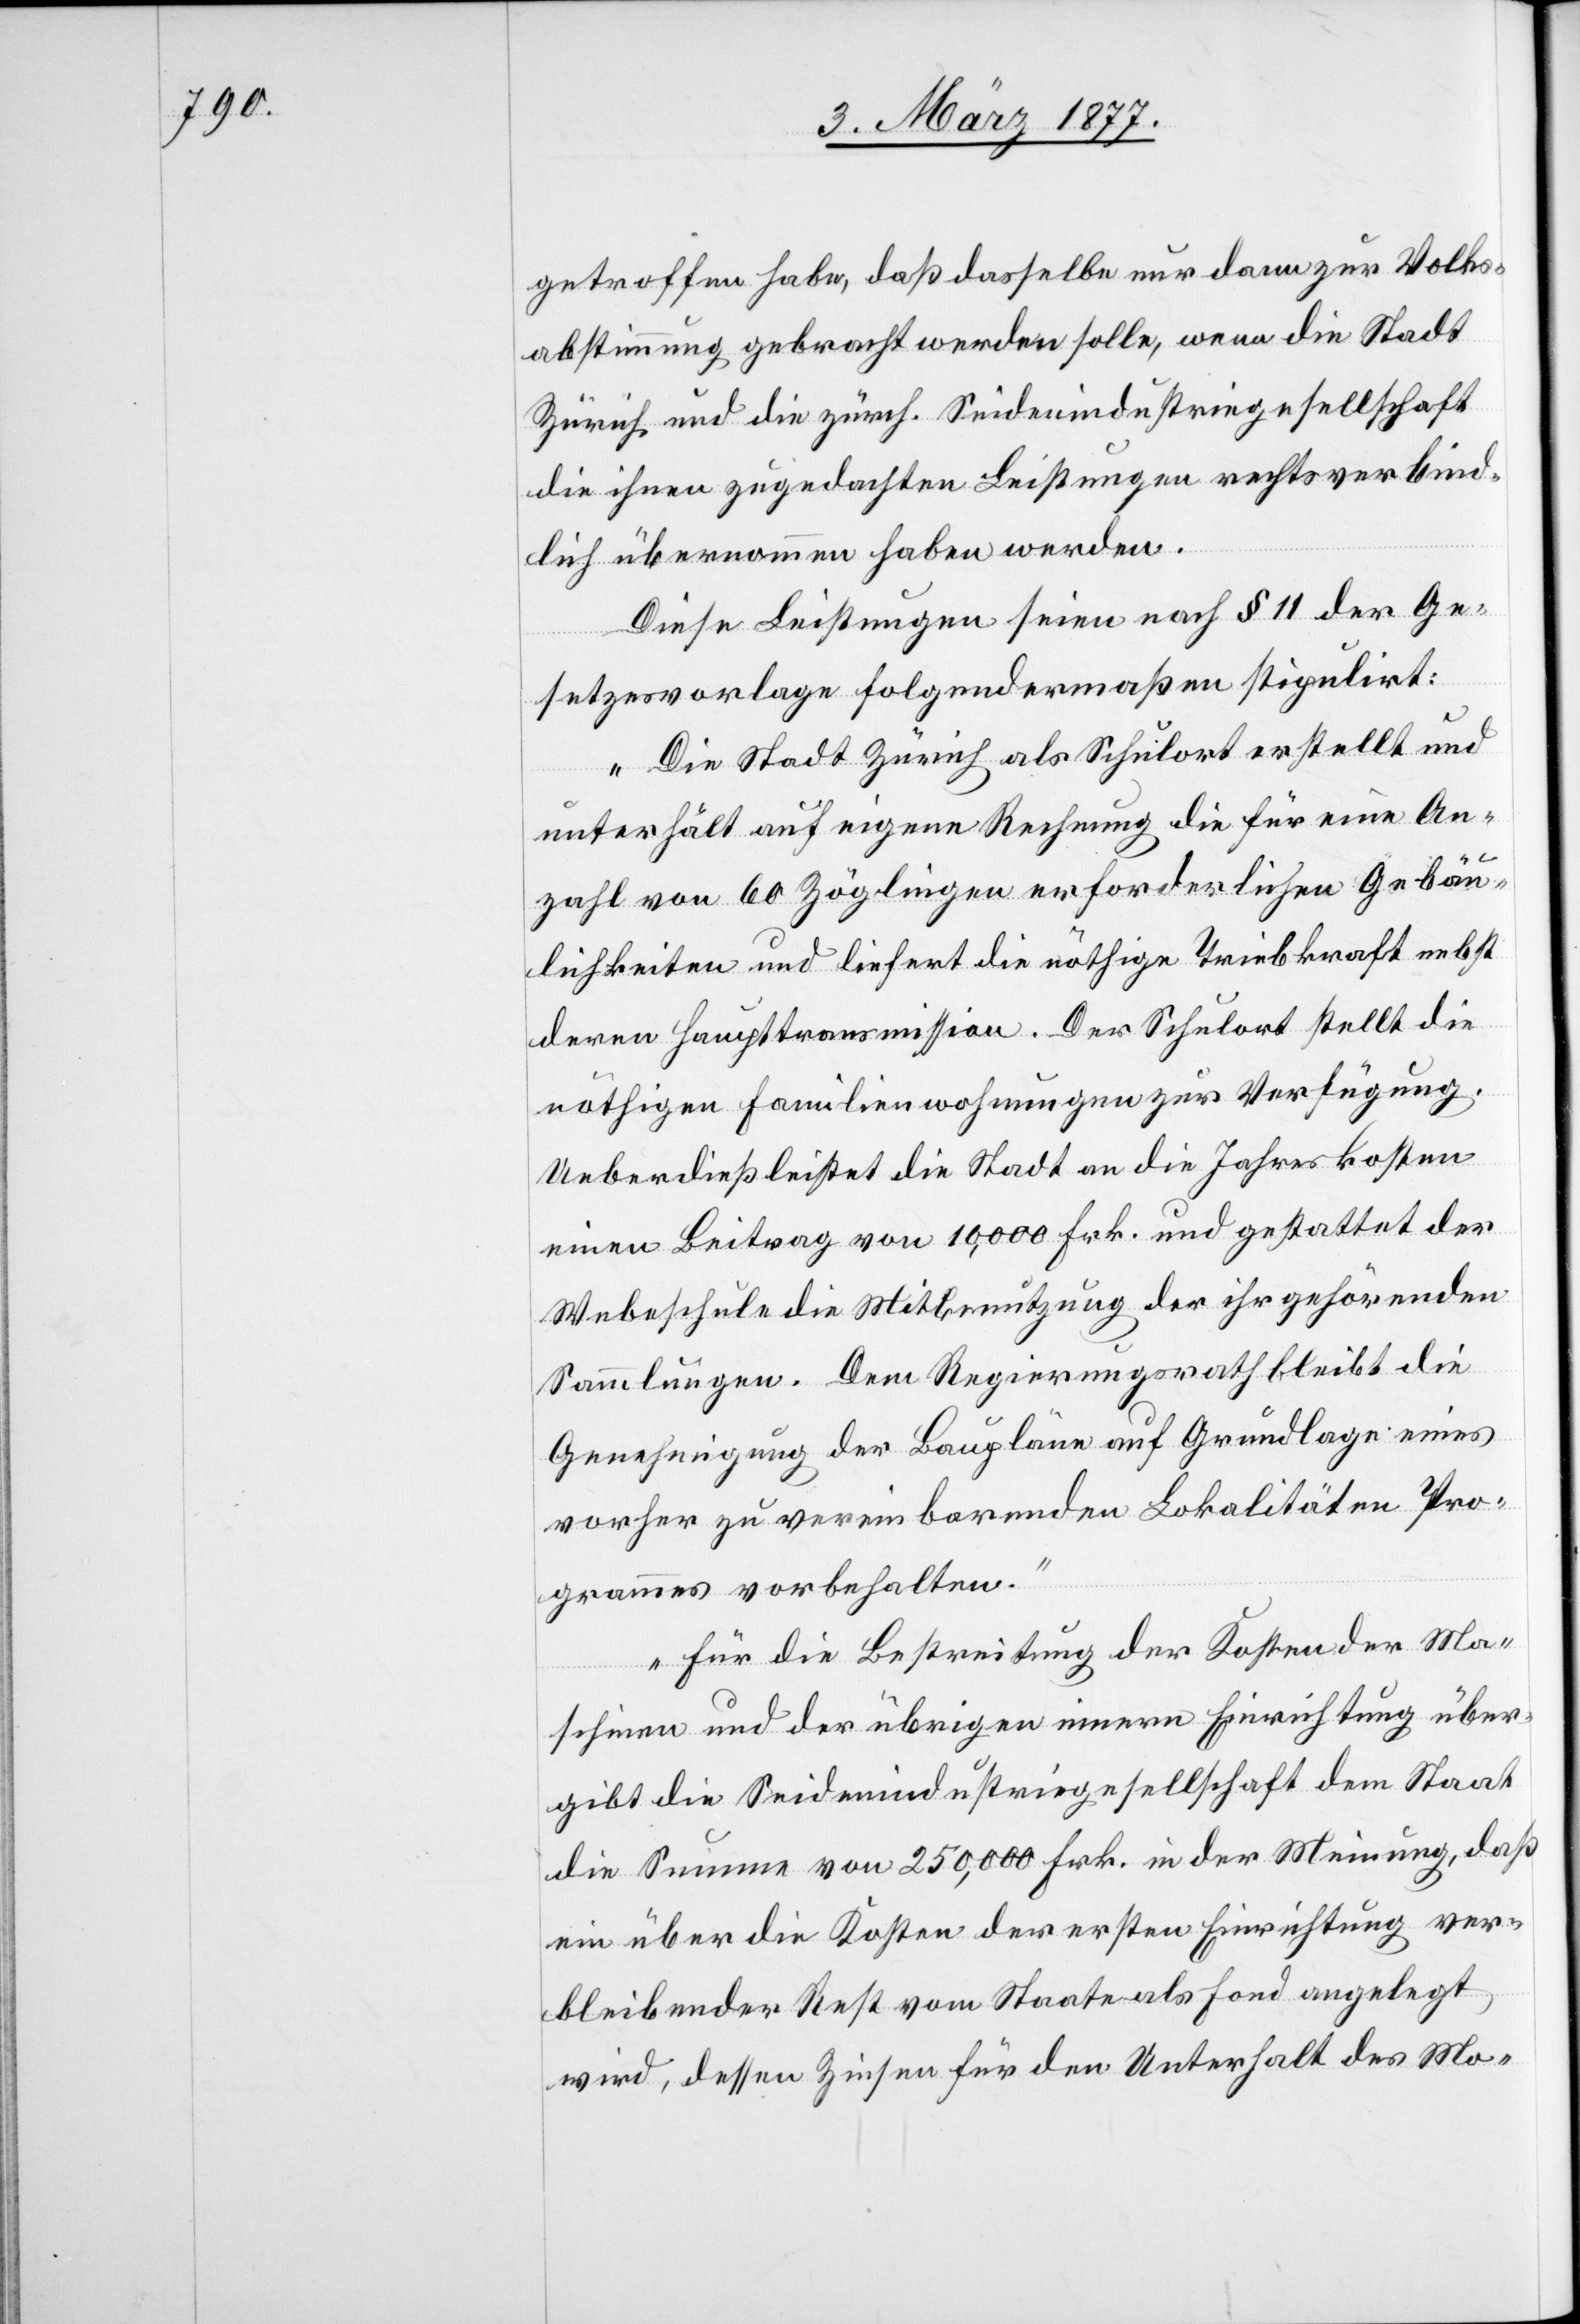
getroffen habe, daß dasselbe nur dann zur Volks¬
abstimmung gebracht werden solle, wenn die Stadt
Zürich und die zürch. Seidenindustriegesellschaft
die ihnen zugedachten Leistungen rechtsverbind¬
lich übernommen haben werden.
Diese Leistungen seien nach § 11 der Ge¬
setzesvorlage folgendermaßen stipulirt:
„Die Stadt Zürich als Schulort erstellt und
unterhält auf eigene Rechnung die für eine An¬
zahl von 60 Zöglingen erforderlichen Gebäu¬
lichkeiten und liefert die nöthige Triebkraft nebst
deren Haupttransmission. Der Schulort stellt die
nöthigen Familienwohnungen zur Verfügung.
Ueberdieß leistet die Stadt an die Jahreskosten
einen Beitrag von 10,000 Frk. und gestattet der
Webeschule die Mitbenutzung der ihr gehörenden
Sammlungen. Dem Regierungsrath bleibt die
Genehmigung der Baupläne auf Grundlage eines
vorher zu vereinbarenden Lokalitäten[-]Pro¬
grammes vorbehalten.
Für die Bestreitung der Kosten der Ma¬
schinen und der übrigen innern Einrichtung über¬
gibt die Seidenindustriegesellschaft dem Staat
eine Summe von 250,000 Frk. in der Meinung, daß
ein über die Kosten der ersten Einrichtung ver¬
bleibender Rest vom Staate als Fond angelegt
wird, dessen Zinsen für den Unterhalt des Mo-